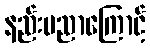
နည်းပညာကြောင့်